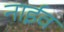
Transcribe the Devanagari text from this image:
नाईव